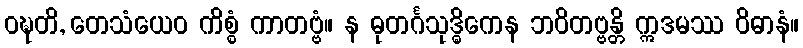
ဝဍ္ဎတိ, တေသံယေဝ ကိစ္စံ ကာတဗ္ဗံ။ န ဓုတင်္ဂသုဒ္ဓိကေန ဘဝိတဗ္ဗန္တိ ဣဒမဿ ဝိဓာနံ။